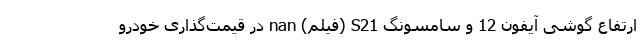
ارتفاع گوشی آیفون 12 و سامسونگ S21 (فیلم) nan در قیمت‌گذاری خودرو